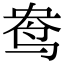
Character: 鸯